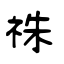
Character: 祙